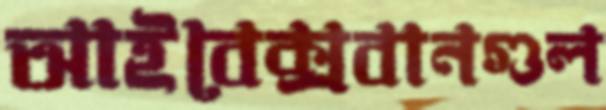
আইবেক্সবানগুল